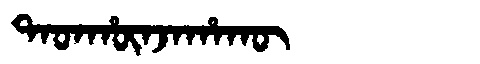
Manchu: ᡨᠠᡨᡥᡡᠨᠵᠠᡥᠠᡴᡡ
Romanization: TATHŪNJAHAKŪ